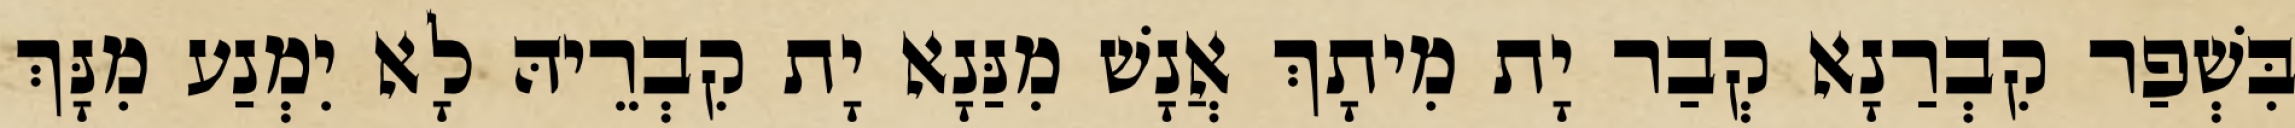
בִּשְׁפַר קִבְרַנָא קְבַר יָת מִיתָךְ אֲנָשׁ מִנַּנָא יָת קִבְרֵיהּ לָא יִמְנַע מִנָּךְ